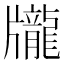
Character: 𪚖